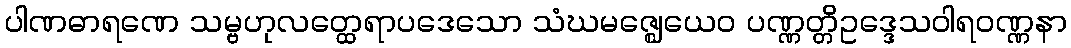
ပါဏဓာရဏေ သမ္ဗဟုလတ္ထေရာပဒေသော သံဃမဇ္ဈေယေဝ ပဏ္ဏတ္တိဥဒ္ဒေသဝါရဝဏ္ဏနာ